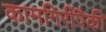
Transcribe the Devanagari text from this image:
कामगिरींपैकी